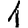
Digit: 1